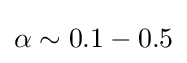
\alpha \sim 0.1-0.5